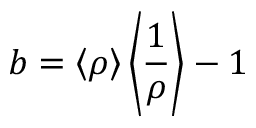
b = \left< \rho \right> \left< { \frac { 1 } { \rho } } \right> - 1